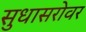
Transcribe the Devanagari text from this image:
सुधासरोवर